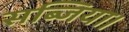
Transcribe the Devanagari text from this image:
सब्जिया।